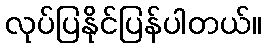
လုပ်ပြနိုင်ပြန်ပါတယ်။